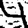
Digit: 4